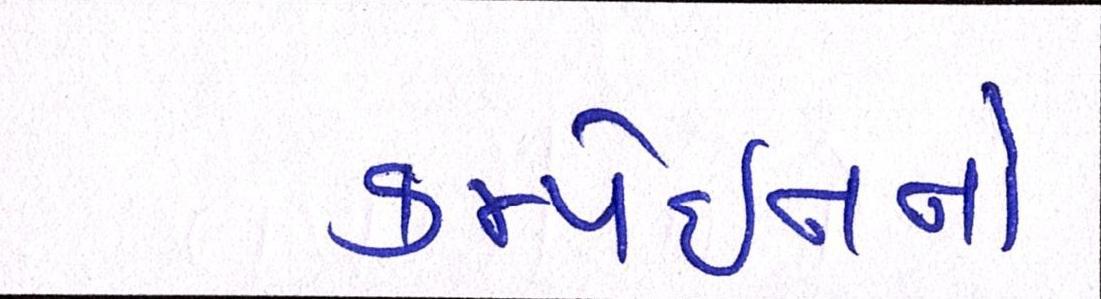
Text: કેમ્પેઈનનો